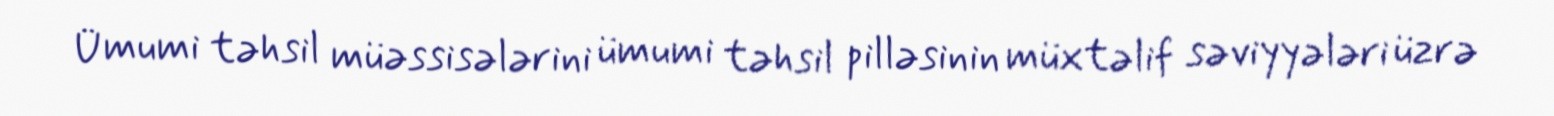
Ümumi təhsil müəssisələrini ümumi təhsil pilləsinin müxtəlif səviyyələri üzrə